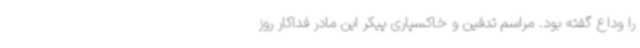
را وداع گفته بود. مراسم تدفین و خاکسپاری پیکر این مادر فداکار روز